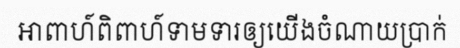
អាពាហ៍ពិពាហ៍ទាមទារឲ្យយើងចំណាយប្រាក់